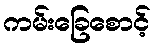
ကမ်းခြေစောင့်